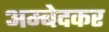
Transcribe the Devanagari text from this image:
अम्बेदकर